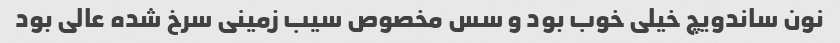
نون ساندویچ خیلی خوب بود و سس مخصوص سیب زمینی سرخ شده عالی بود